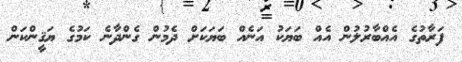
ފަރާތުގެ އެއްބާރުލުން އެއް ބަޔަކު އަނެއް ބަޔަކަށް ދެމުން ގެންދާނެ ކަމުގެ ޔަޤީންކަން